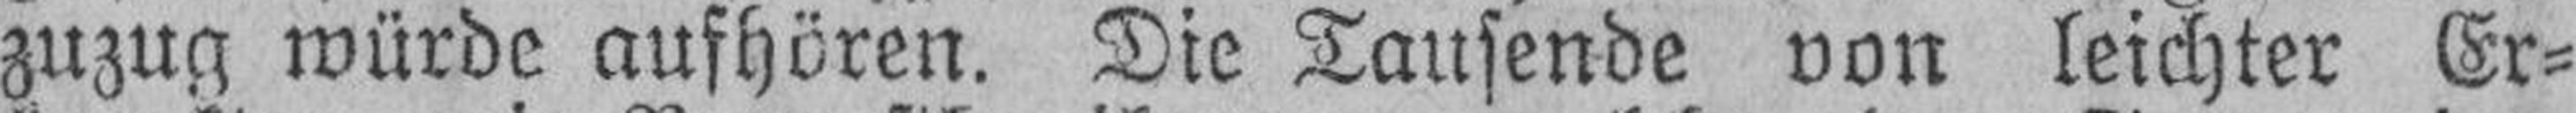
zuzug würde aufhören. Die Tausende von leichter Er¬